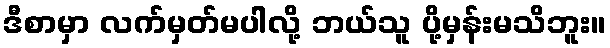
ဒီစာမှာ လက်မှတ်မပါလို့ ဘယ်သူ ပို့မှန်းမသိဘူး။